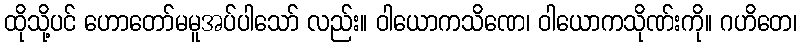
ထိုသို့ပင် ဟောတော်မမူအပ်ပါသော် လည်း။ ဝါယောကသိဏေ၊ ဝါယောကသိုဏ်းကို။ ဂဟိတေ၊